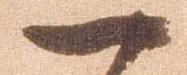
一